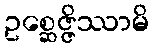
ဥစ္ဆေဇ္ဇိဿာမိ